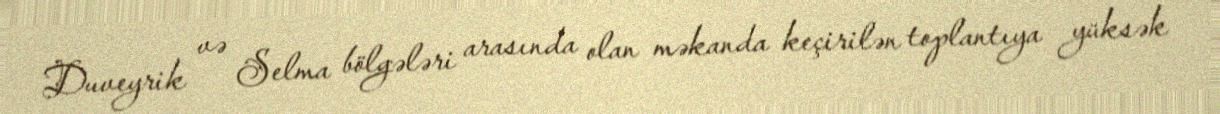
Duveyrik və Selma bölgələri arasında olan məkanda keçirilən toplantıya yüksək